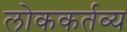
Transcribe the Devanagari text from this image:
लोककर्तव्य